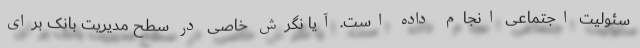
سئولیت اجتماعی انجام داده است. آیا نگرش خاصی در سطح مدیریت بانک برای